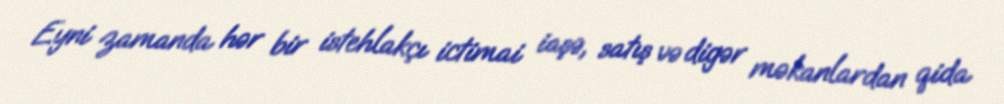
Eyni zamanda hər bir istehlakçı ictimai iaşə, satış və digər məkanlardan qida